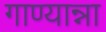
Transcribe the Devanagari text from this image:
गाण्यान्ना